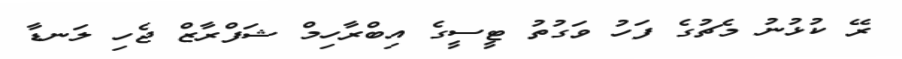
ރޭ ކުޅުނު މެޗުގެ ފަހު ވަގުތު ޓީސީގެ އިބްރާހިމް ޝަފްރާޒް ޖެހި ލަނޑާ